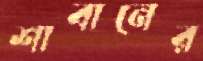
শাবানের